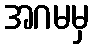
အဂမမှ